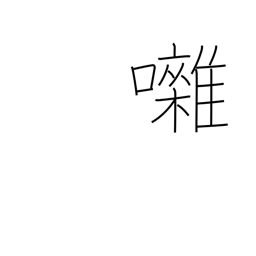
Meaning: banter